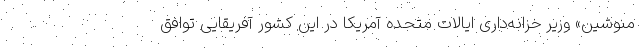
منوشین» وزیر خزانه‌داری ایالات متحده آمریکا در این کشور آفریقایی توافق